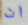
ان